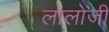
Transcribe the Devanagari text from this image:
लोलोजी